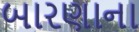
બારણાના